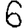
Digit: 6